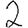
Digit: 2